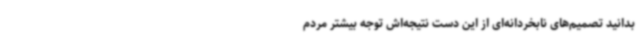
بدانید تصمیم‌های نابخردانه‌ای از این دست نتیجه‌اش توجه بیشتر مردم